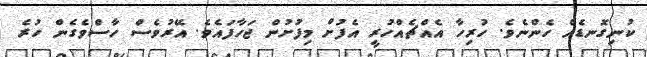
ކުނިގޮނޑެއް ހެންނެވެ. ހުރިހާ އެއްޗެއްހުރީ އެފުށް މިފުށުން ޖަހާފައެވެ. އޭރުވެސް ހާސްވެގެން ހުރެ